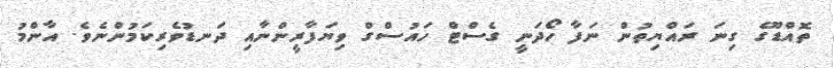
ތޮއްޑޫގެ ގިނަ ރައްޔިތުން ނަފާ ހޯދަނީ ގެސްޓް ހައުސްގް ވިޔަފާރީންނާއި ދަނޑުވެރިކަމުންނެވެ. އާންމު